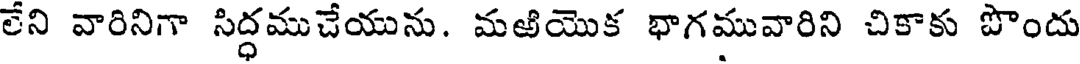
లేని వారినిగా సిద్ధముచేయును. మఱియొక భాగమువారిని చికాకు పొందు